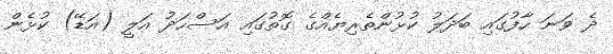
ދެ ވަނަ ހާފުގައި ބަދަލު ކުޅުންތެރިޔެއްގެ ގޮތުގައި އަސްހަދު އަލީ (އަޑޭ) ކުޅެން